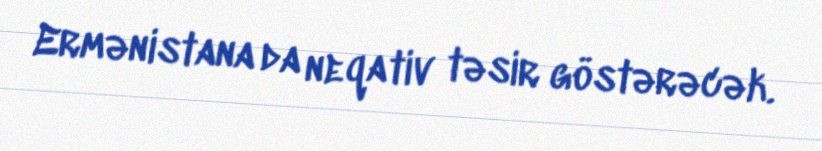
Ermənistana da neqativ təsir göstərəcək.